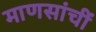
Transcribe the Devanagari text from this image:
माणसांचीं